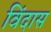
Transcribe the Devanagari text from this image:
विंदास